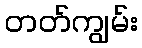
တတ်ကျွမ်း